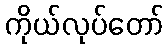
ကိုယ်လုပ်တော်